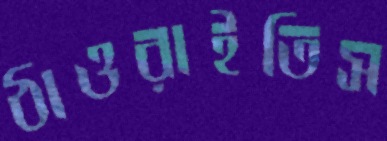
ঠাওরাইতিস